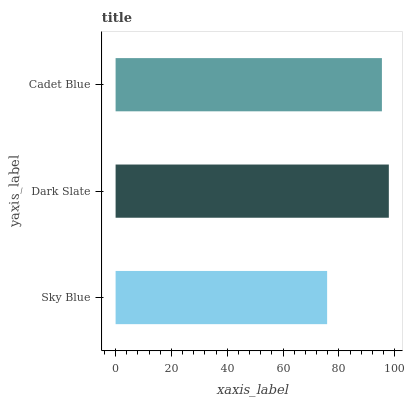
| yaxis_label | bars |
 | --- | --- |
 | Sky Blue | 75.8 |
 | Dark Slate | 97.8 |
 | Cadet Blue | 95.4 |